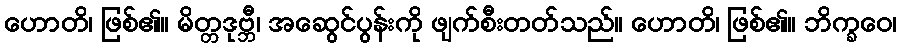
ဟောတိ၊ ဖြစ်၏။ မိတ္တဒုဗ္ဘီ၊ အဆွေင်ပွန်းကို ဖျက်စီးတတ်သည်။ ဟောတိ၊ ဖြစ်၏။ ဘိက္ခဝေ၊